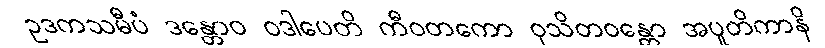
ဥဒကသမီပံ ဒန္တောဝ ဝဒါပေတိ ကီဝတကော ဝုသိတဝန္တော အပူတိကာနိ